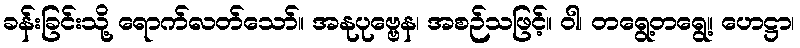
ခန်းခြင်းသို့ ရောက်လတ်သော်။ အနုပုဗ္ဗေန၊ အစဉ်သဖြင့်။ ဝါ၊ တရွေ့တရွေ့။ ဟေဋ္ဌာ၊